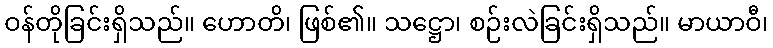
ဝန်တိုခြင်းရှိသည်။ ဟောတိ၊ ဖြစ်၏။ သဋ္ဌော၊ စဉ်းလဲခြင်းရှိသည်။ မာယာဝီ၊